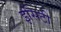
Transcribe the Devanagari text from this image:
इसिटी